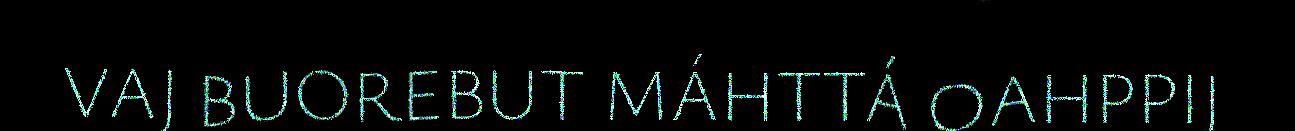
VAJ BUOREBUT MÁHTTÁ OAHPPIJ